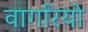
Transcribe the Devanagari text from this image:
वागरियो